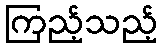
ကြည့်သည့်